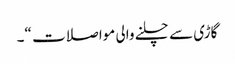
گاڑی سے چلنے والی مواصلات “۔